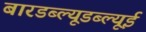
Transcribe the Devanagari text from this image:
बारडब्ल्यूडब्ल्यूई